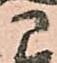
に